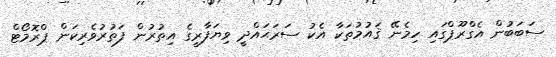
ސަބަބުން އެގްރޫޕްގައި ހިމެނޭ ޤައުމުތަކާ އެކު ސަރަޙައްދީ ވިޔަފާރީގެ އިތުރުން ފަތުރުވެރިކަން ޕްރޮމޯޓް